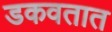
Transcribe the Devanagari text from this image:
डकवतात